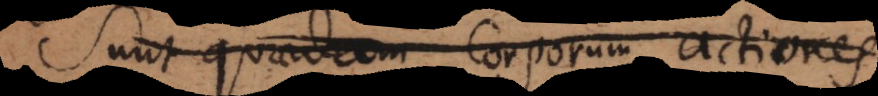
Sunt quaedam corporum actiones